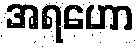
အရဟော